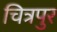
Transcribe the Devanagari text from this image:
चित्रपुर